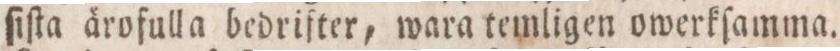
ſiſta ärofulla bedrifter, wara temligen owerkſamma.